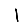
Digit: 1